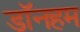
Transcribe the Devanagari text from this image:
डॉनहम